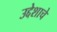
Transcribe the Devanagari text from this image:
उद्देशाचे